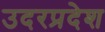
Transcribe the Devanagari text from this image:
उदरप्रदेश